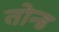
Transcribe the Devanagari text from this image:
तोन्ड